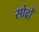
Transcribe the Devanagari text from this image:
सोढोँ